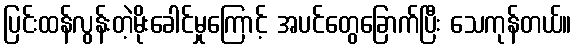
ပြင်းထန်လွန်းတဲ့မိုးခေါင်မှုကြောင့် အပင်တွေခြောက်ပြီး သေကုန်တယ်။